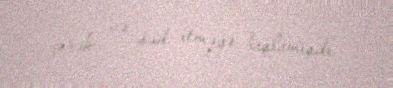
çörək və süd itməyə başlamışdı.